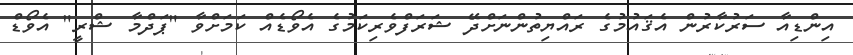
އިންޑިއާ ސަރުކާރުން އެޤައުމުގެ ރައްޔިތުންނަށްދޭ ޝަރަފްވެރިކަމުގެ އެވޯޑެއް ކަމަށްވާ "ޕަދްމާ ޝްރީ" އެވޯޑް